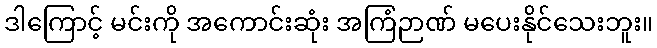
ဒါကြောင့် မင်းကို အကောင်းဆုံး အကြံဉာဏ် မပေးနိုင်သေးဘူး။